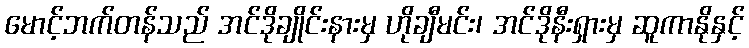
မောင့်ဘက်တန်သည် အင်ဒိုချိုင်းနားမှ ဟိုချီမင်း၊ အင်ဒိုနီးရှားမှ ဆူကာနိုနှင့်